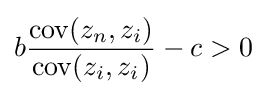
b{\frac {\operatorname {cov} (z_{n},z_{i})}{\operatorname {cov} (z_{i},z_{i})}}-c>0